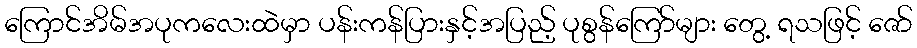
ကြောင်အိမ်အပုကလေးထဲမှာ ပန်းကန်ပြားနှင့်အပြည့် ပုစွန်ကြော်များ တွေ့ ရသဖြင့် ဇော်